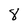
Character: 8